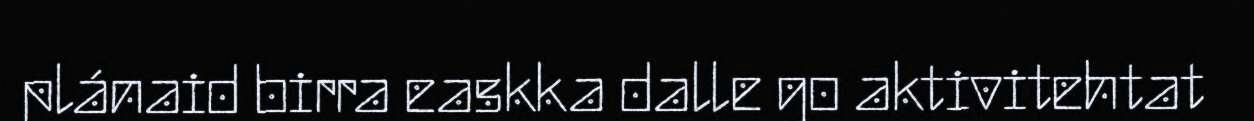
plánaid birra easkka dalle go aktivitehtat